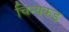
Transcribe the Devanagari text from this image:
चिन्यकड़